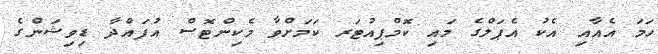
ހަމަ އެއާއި އެކު އެޕަލްގެ މައި ކޮމްޕިއުޓަރ ކަމަށްވާ މެކިންޓޮސް އުފައްދާ ޑިވިޝަންގެ